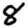
Digit: 8